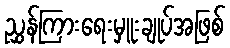
ညွှန်ကြားရေးမှူးချုပ်အဖြစ်